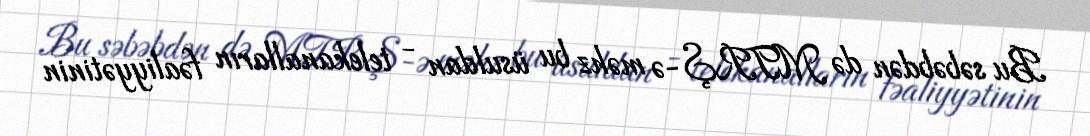
Bu səbəbdən də MTRŞ-ə məhz bu üsuldan - telekanalların fəaliyyətinin